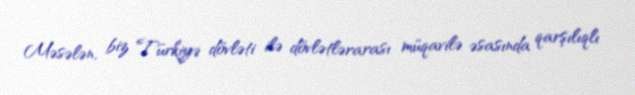
Məsələn, biz Türkiyə dövləti ilə dövlətlərarası müqavilə əsasında qarşılıqlı